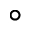
\circ